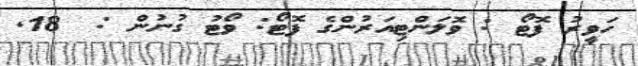
ހަވީރު ފޮޓޯ : ވޮލަންޓިއަރުންގެ ފޮޓޯ: ވޯޓު ގުނުން :  18